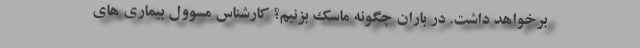
برخواهد داشت. در باران چگونه ماسک بزنیم؟ کارشناس مسوول بیماری های